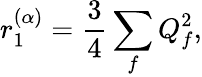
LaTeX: r_{1}^{(\alpha)}=\frac{3}{4}\sum_{f}Q_{f}^{2},